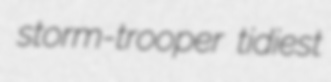
storm-trooper tidiest